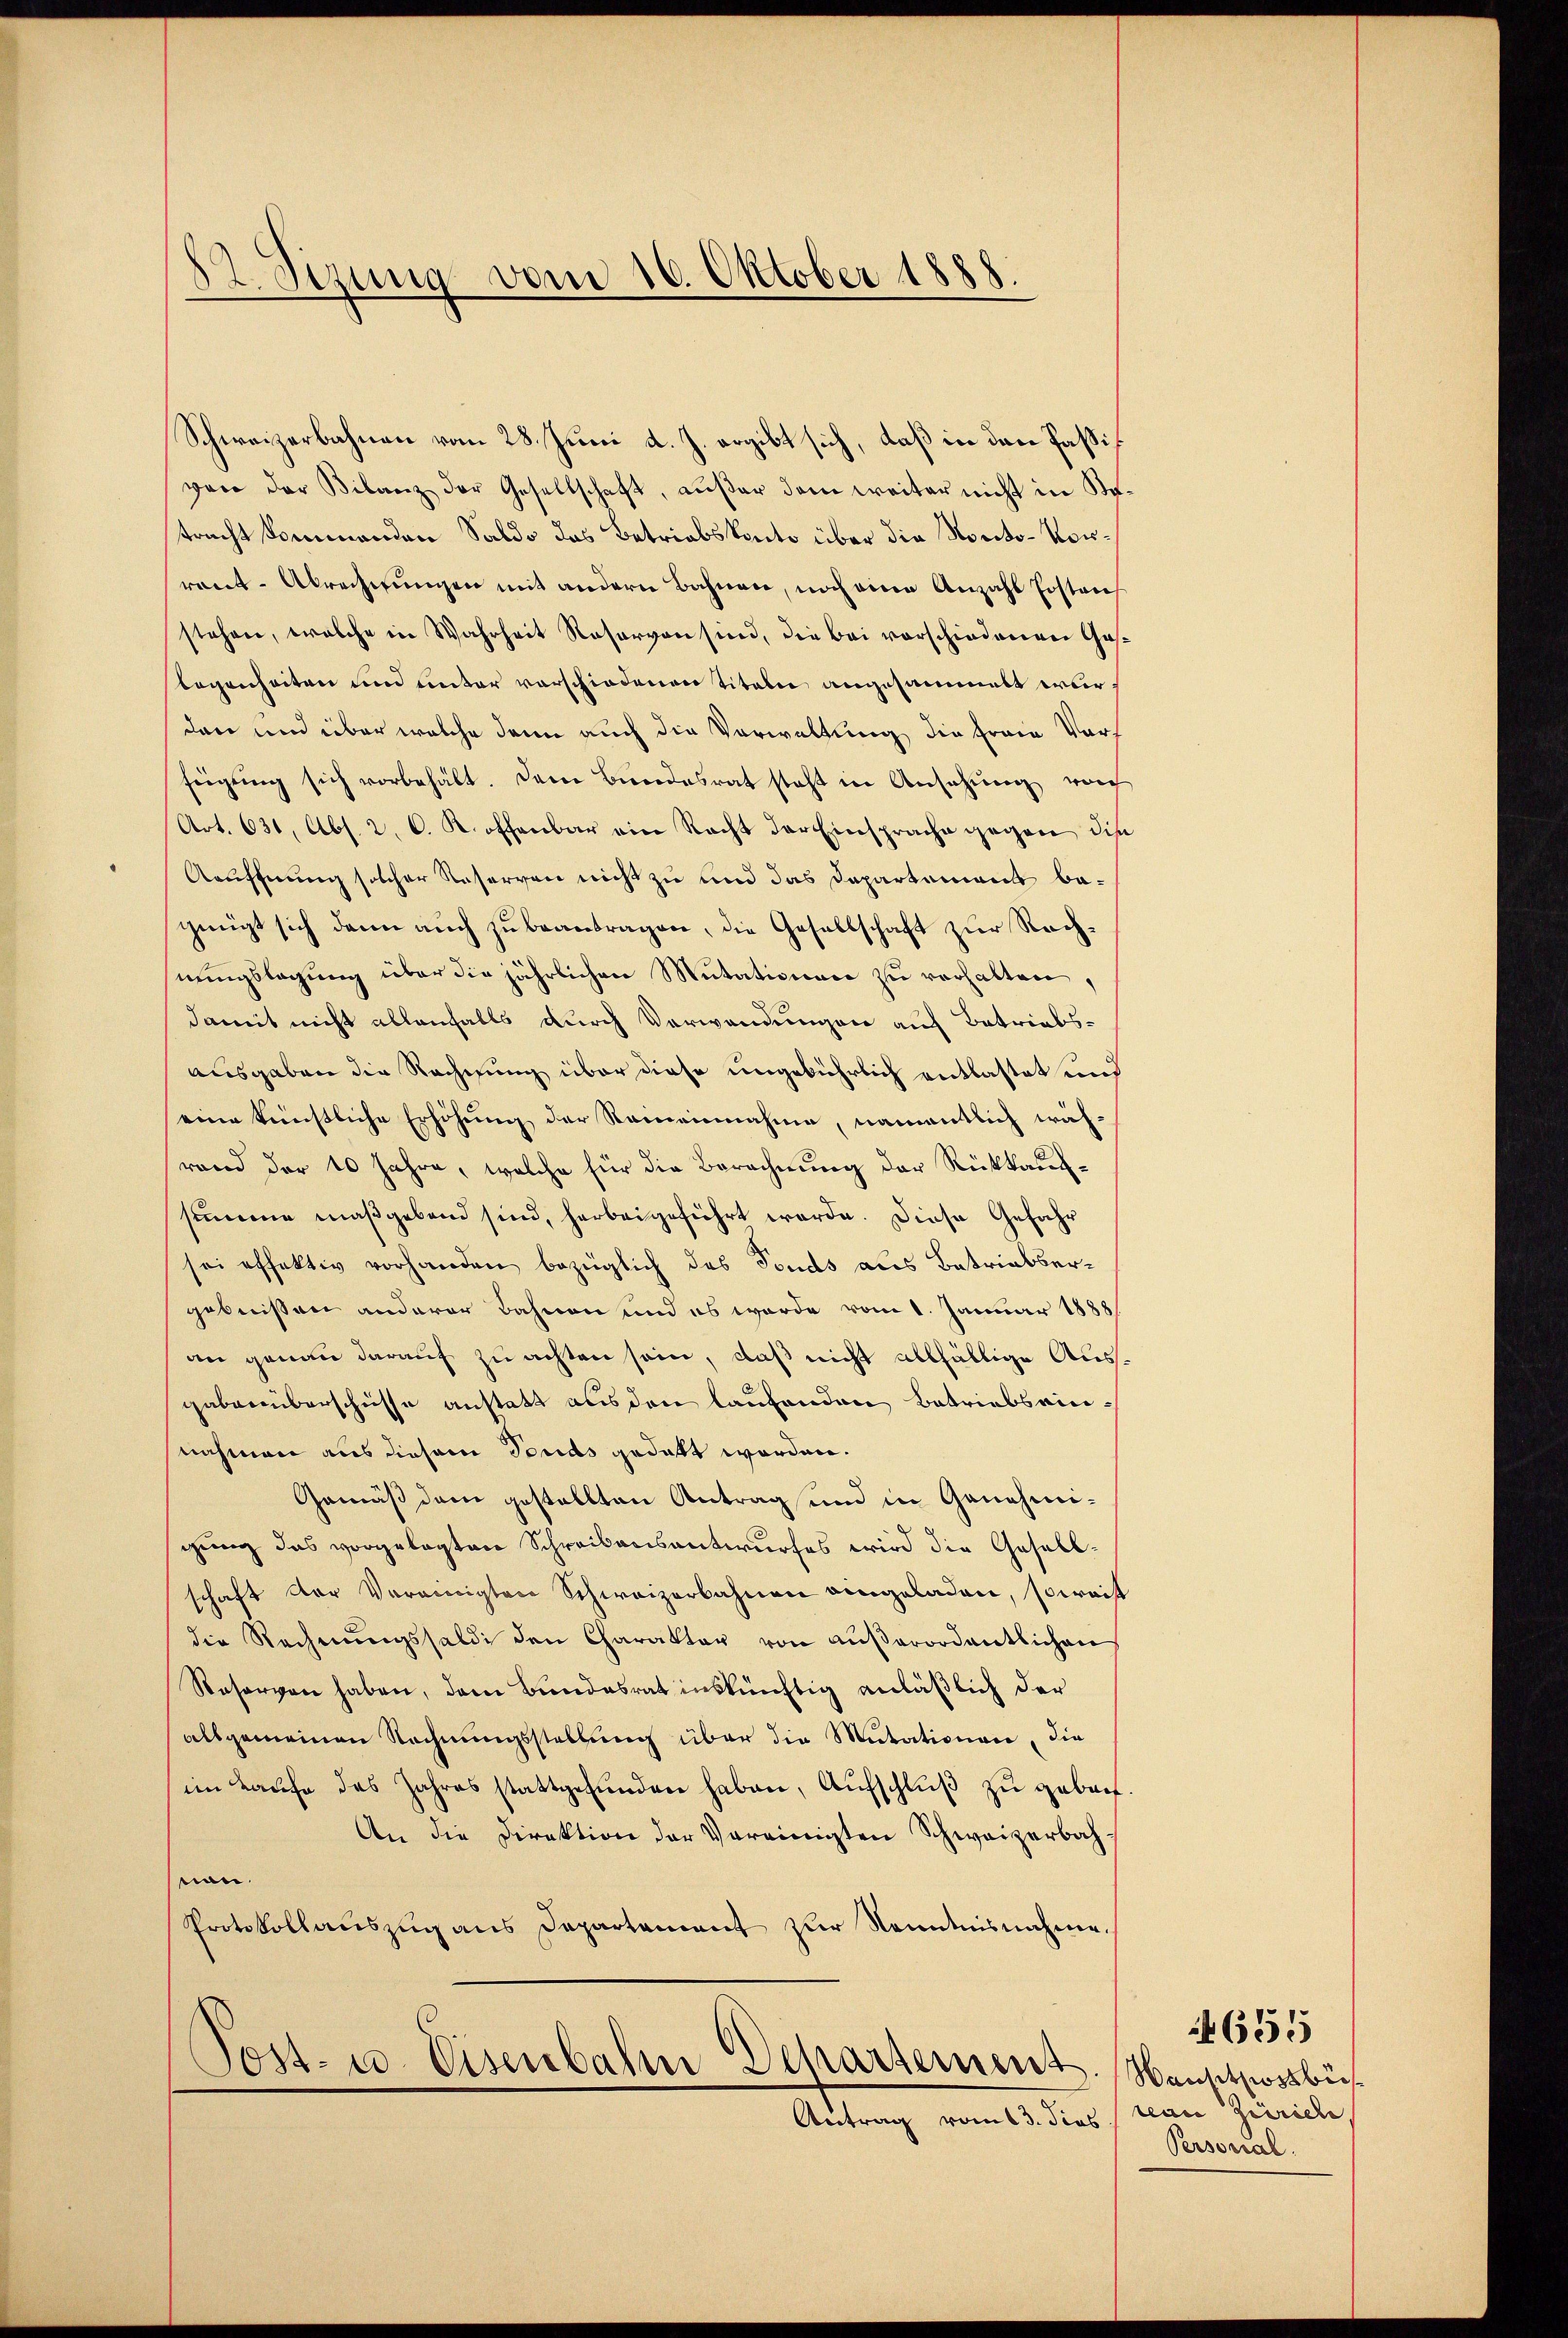
¬
82. Sitzung vom 16. Oktober 1888.

Schweizerbahnen vom 28. Juni d. J. ergibt sich, daß in den Passis
von der Bilanz der Gesellschaft, außer dem weiter nicht in Kotracht kommenden Saldo das Betriebskonto über die Nonito-Vorrant-Abrechnungen mit andern Bahnen, noch eine Anzahl Erstrich
stehen, welche in Wahrheit Rosarvon sind, die bei vorschiedenen Gaslegenheiten und unter vorschiedenen Titeln angesammelt erberden und über welche dann auch die Verwaltung die Freie Vorh
feigŭng sich vorbehält. Dem Bundesrat steht in Ansehung von
Art. 631, Abs. 2. C. K. offenbar ein Nacht der Einsprache gegen die
Aauffnung solcher Reserven nicht zu und das Departement begnügt sich dann auch zu beantragen, die Gesellschaft zur Rechnŭngslegŭng über die jährlichen Mutationare zŭ verhalten,
damit nicht allenfalls durch Verwendungen auf Betriebsausgaben die Rechnung über diese ungebührlich entlastet und
eine künstliche Erhöhung der Reineinnahme, namentlich währand der 10 Jahre, welche für die Berechnung der Rückkaufsumme maßgebend sind, herbeigeführt werde. Diese Gefahr
sei effektiv vorhanden bezüglich des Fonds aus Betriebsergebnißen anderer Bahnen und es werde vom 1. Januar 1888/
an genau darauf zu achten sein, daß nicht allfällige Ausgabenüberschüsse anstatt aus den laufenden Betriebsainnahmen aus diesem Fonds gedakt worden.
Gemäß dem gestellten Antrag und in Genehmigung das vorgelegten Schreibensantwurfes wird die Gesellschaft der Vereinigten Schweizerbahnen eingeladen, soweist
die Rechnŭngssaldi den Charakter von aŭβerordentlichen
Reservon haben, dem Bundesrat inskünftig anläßlich der
alsgemeinen Rechnungsstellung über die Mutationen, die
im Kaŭfe des Jahres stattgefŭnden haben, Aŭfschlŭβ zŭ gebach.
An die Direktion der Vereinigten Schweizerbahnan.
Protokollaŭszŭg ans Departement zur Kenntnisnahme.
Post- u. Eisenbahn Departement. Nansitziossbü¬
Antrag vom 13. dies (reau Zürich,

Persorial.

4655